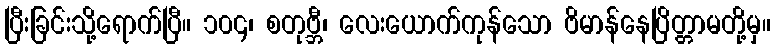
ပြီးခြင်းသို့ရောက်ပြီ။ ၁၀၄၊ စတုဗ္ဘီ၊ လေးယောက်ကုန်သော ဗိမာန်နေပြိတ္တာမတို့မှ။